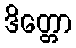
ဒိတ္တော